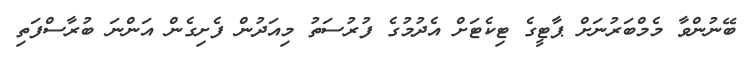
ބޭނުންވާ މެމްބަރުނަށް ޕާޓީގެ ޓިކެޓަށް އެދުމުގެ ފުރުސަތު މިއަދުން ފެށިގެން އަންނަ ބުރާސްފަތި